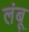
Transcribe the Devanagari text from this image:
लंबू